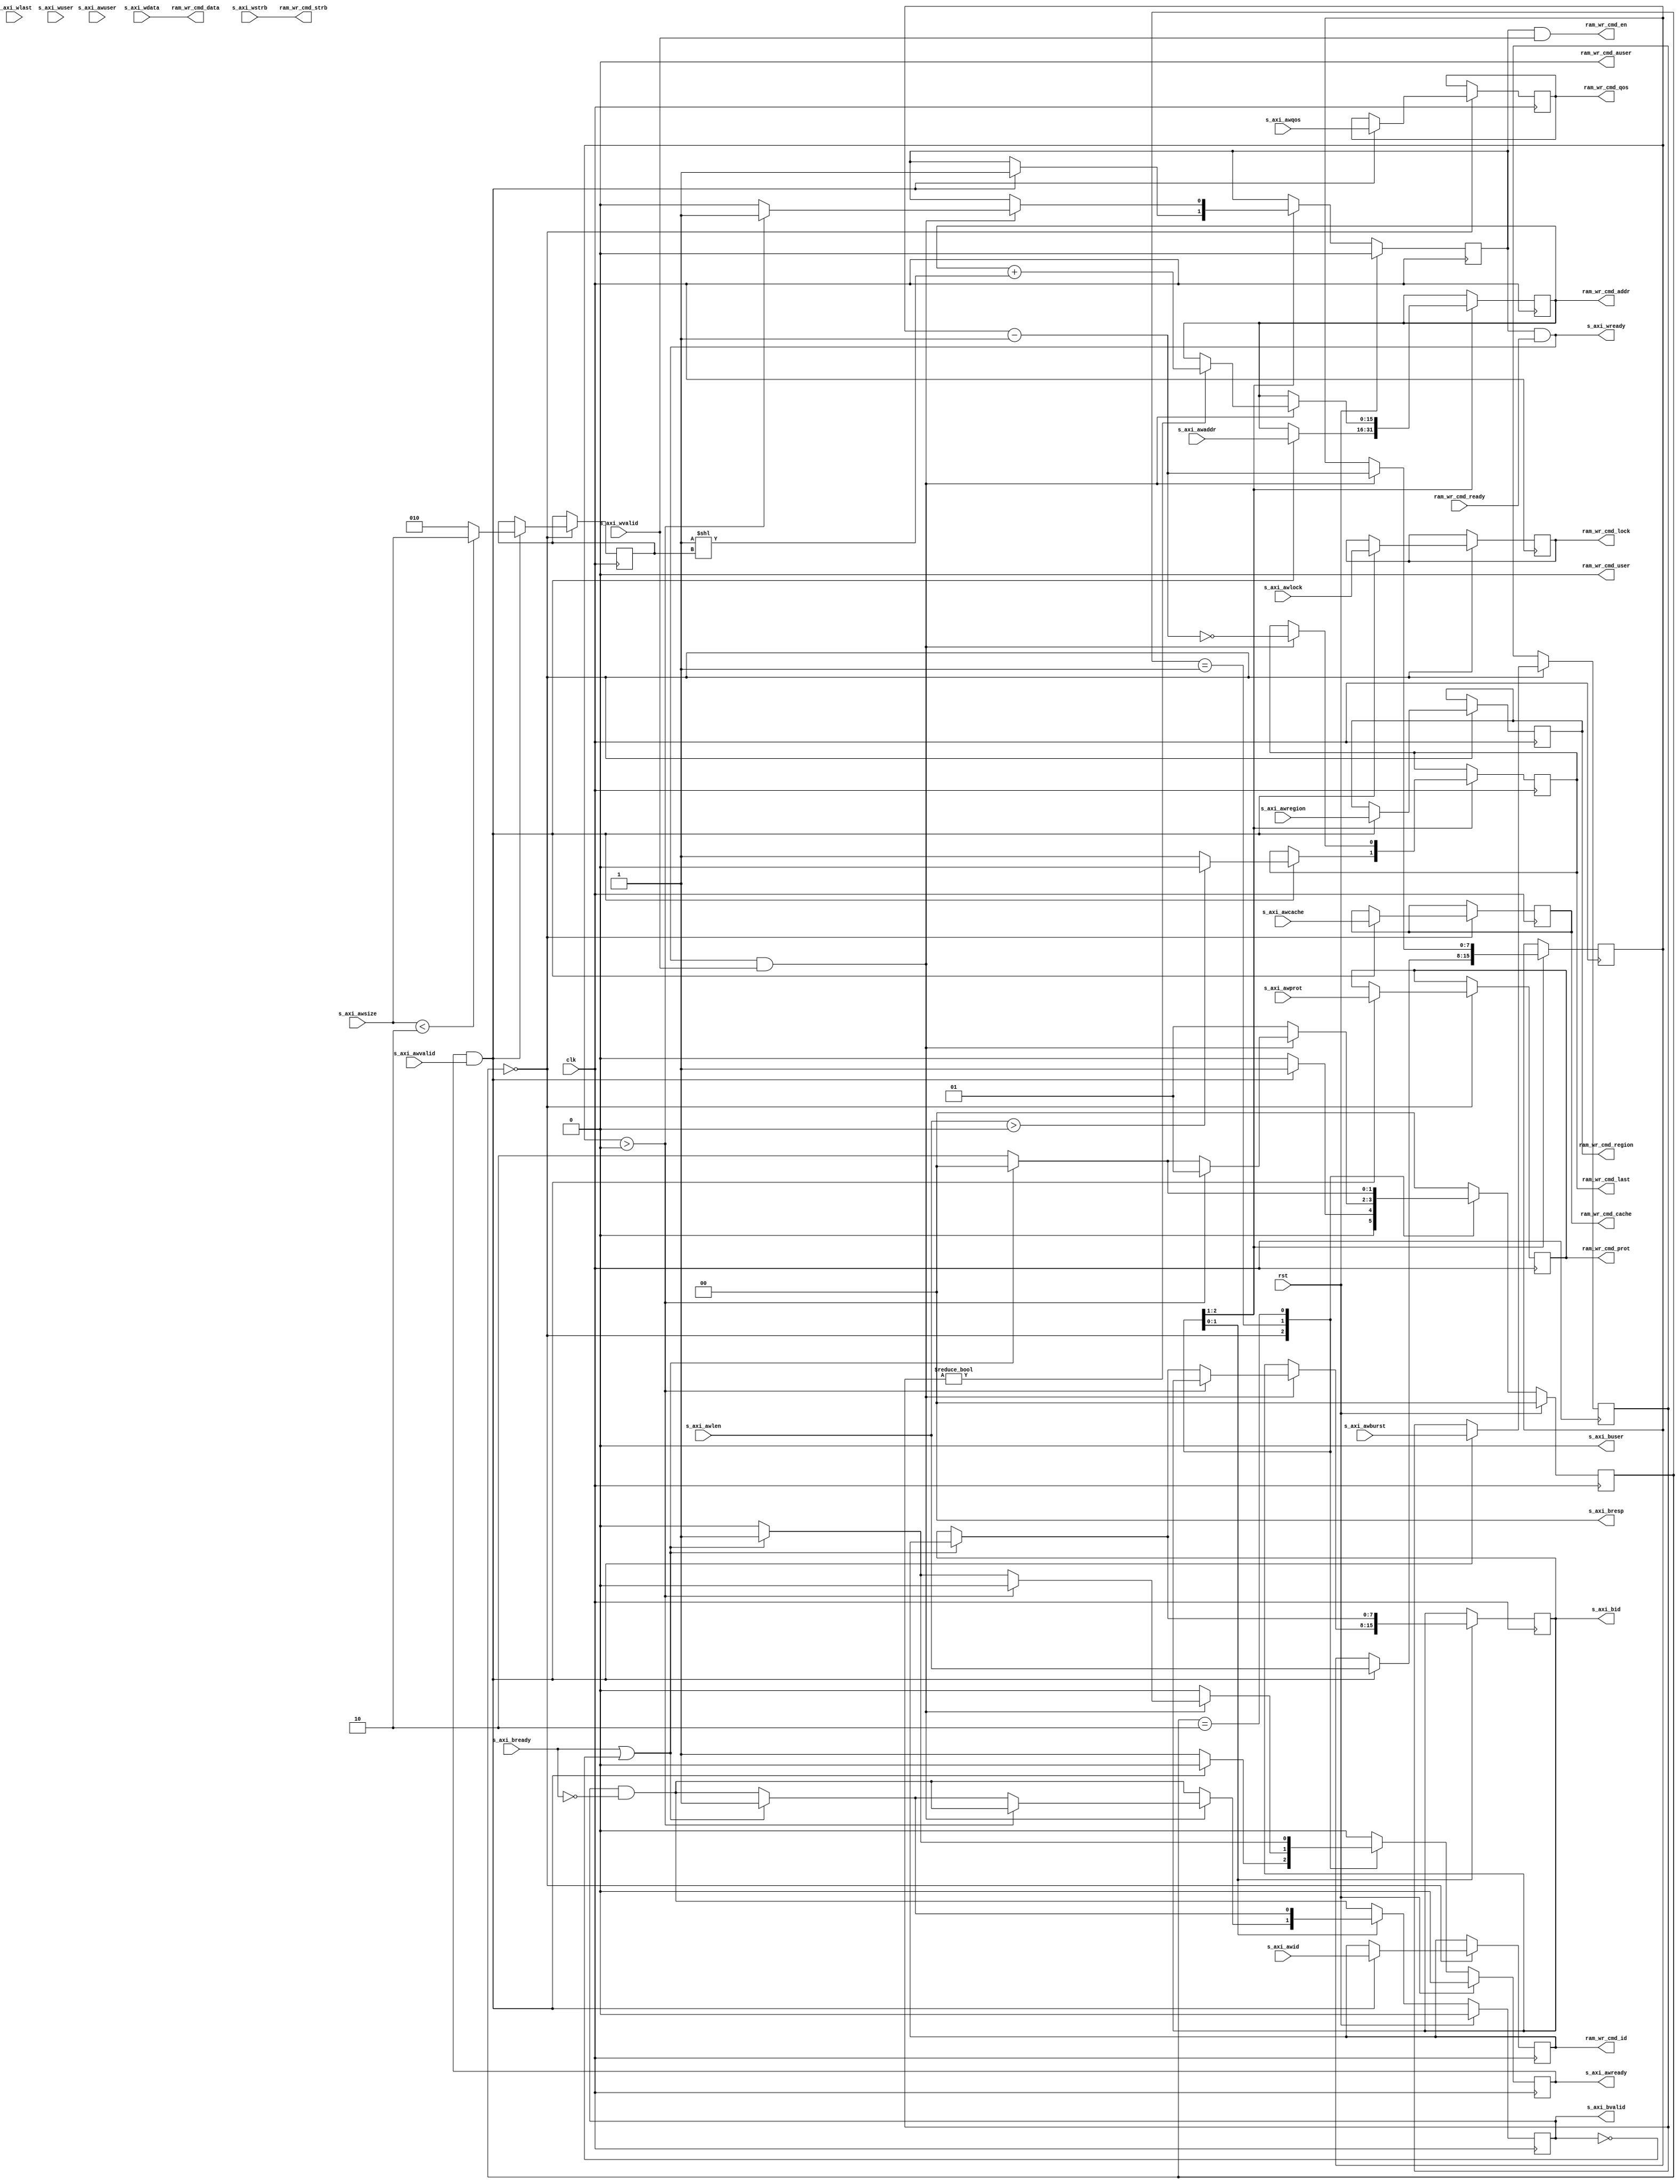
/*

Copyright (c) 2019 Alex Forencich

Permission is hereby granted, free of charge, to any person obtaining a copy
of this software and associated documentation files (the "Software"), to deal
in the Software without restriction, including without limitation the rights
to use, copy, modify, merge, publish, distribute, sublicense, and/or sell
copies of the Software, and to permit persons to whom the Software is
furnished to do so, subject to the following conditions:

The above copyright notice and this permission notice shall be included in
all copies or substantial portions of the Software.

THE SOFTWARE IS PROVIDED "AS IS", WITHOUT WARRANTY OF ANY KIND, EXPRESS OR
IMPLIED, INCLUDING BUT NOT LIMITED TO THE WARRANTIES OF MERCHANTABILITY
FITNESS FOR A PARTICULAR PURPOSE AND NONINFRINGEMENT. IN NO EVENT SHALL THE
AUTHORS OR COPYRIGHT HOLDERS BE LIABLE FOR ANY CLAIM, DAMAGES OR OTHER
LIABILITY, WHETHER IN AN ACTION OF CONTRACT, TORT OR OTHERWISE, ARISING FROM,
OUT OF OR IN CONNECTION WITH THE SOFTWARE OR THE USE OR OTHER DEALINGS IN
THE SOFTWARE.

*/

// Language: Verilog 2001

`timescale 1ns / 1ps

/*
 * AXI4 RAM write interface
 */
module axi_ram_wr_if #
(
    // Width of data bus in bits
    parameter DATA_WIDTH = 32,
    // Width of address bus in bits
    parameter ADDR_WIDTH = 16,
    // Width of wstrb (width of data bus in words)
    parameter STRB_WIDTH = (DATA_WIDTH/8),
    // Width of ID signal
    parameter ID_WIDTH = 8,
    // Propagate awuser signal
    parameter AWUSER_ENABLE = 0,
    // Width of awuser signal
    parameter AWUSER_WIDTH = 1,
    // Propagate wuser signal
    parameter WUSER_ENABLE = 0,
    // Width of wuser signal
    parameter WUSER_WIDTH = 1,
    // Propagate buser signal
    parameter BUSER_ENABLE = 0,
    // Width of buser signal
    parameter BUSER_WIDTH = 1
)
(
    input  wire                     clk,
    input  wire                     rst,

    /*
     * AXI slave interface
     */
    input  wire [ID_WIDTH-1:0]      s_axi_awid,
    input  wire [ADDR_WIDTH-1:0]    s_axi_awaddr,
    input  wire [7:0]               s_axi_awlen,
    input  wire [2:0]               s_axi_awsize,
    input  wire [1:0]               s_axi_awburst,
    input  wire                     s_axi_awlock,
    input  wire [3:0]               s_axi_awcache,
    input  wire [2:0]               s_axi_awprot,
    input  wire [3:0]               s_axi_awqos,
    input  wire [3:0]               s_axi_awregion,
    input  wire [AWUSER_WIDTH-1:0]  s_axi_awuser,
    input  wire                     s_axi_awvalid,
    output wire                     s_axi_awready,
    input  wire [DATA_WIDTH-1:0]    s_axi_wdata,
    input  wire [STRB_WIDTH-1:0]    s_axi_wstrb,
    input  wire                     s_axi_wlast,
    input  wire [WUSER_WIDTH-1:0]   s_axi_wuser,
    input  wire                     s_axi_wvalid,
    output wire                     s_axi_wready,
    output wire [ID_WIDTH-1:0]      s_axi_bid,
    output wire [1:0]               s_axi_bresp,
    output wire [BUSER_WIDTH-1:0]   s_axi_buser,
    output wire                     s_axi_bvalid,
    input  wire                     s_axi_bready,

    /*
     * RAM interface
     */
    output wire [ID_WIDTH-1:0]      ram_wr_cmd_id,
    output wire [ADDR_WIDTH-1:0]    ram_wr_cmd_addr,
    output wire                     ram_wr_cmd_lock,
    output wire [3:0]               ram_wr_cmd_cache,
    output wire [2:0]               ram_wr_cmd_prot,
    output wire [3:0]               ram_wr_cmd_qos,
    output wire [3:0]               ram_wr_cmd_region,
    output wire [AWUSER_WIDTH-1:0]  ram_wr_cmd_auser,
    output wire [DATA_WIDTH-1:0]    ram_wr_cmd_data,
    output wire [STRB_WIDTH-1:0]    ram_wr_cmd_strb,
    output wire [WUSER_WIDTH-1:0]   ram_wr_cmd_user,
    output wire                     ram_wr_cmd_en,
    output wire                     ram_wr_cmd_last,
    input  wire                     ram_wr_cmd_ready
);

parameter VALID_ADDR_WIDTH = ADDR_WIDTH - $clog2(STRB_WIDTH);
parameter WORD_WIDTH = STRB_WIDTH;
parameter WORD_SIZE = DATA_WIDTH/WORD_WIDTH;

// bus width assertions
initial begin
    if (WORD_SIZE * STRB_WIDTH != DATA_WIDTH) begin
        $error("Error: AXI data width not evenly divisble (instance %m)");
        $finish;
    end

    if (2**$clog2(WORD_WIDTH) != WORD_WIDTH) begin
        $error("Error: AXI word width must be even power of two (instance %m)");
        $finish;
    end
end

localparam [1:0]
    STATE_IDLE = 2'd0,
    STATE_BURST = 2'd1,
    STATE_RESP = 2'd2;

reg [1:0] state_reg = STATE_IDLE, state_next;

reg [ID_WIDTH-1:0] write_id_reg = {ID_WIDTH{1'b0}}, write_id_next;
reg [ADDR_WIDTH-1:0] write_addr_reg = {ADDR_WIDTH{1'b0}}, write_addr_next;
reg write_lock_reg = 1'b0, write_lock_next;
reg [3:0] write_cache_reg = 4'd0, write_cache_next;
reg [2:0] write_prot_reg = 3'd0, write_prot_next;
reg [3:0] write_qos_reg = 4'd0, write_qos_next;
reg [3:0] write_region_reg = 4'd0, write_region_next;
reg [AWUSER_WIDTH-1:0] write_awuser_reg = {AWUSER_WIDTH{1'b0}}, write_awuser_next;
reg write_addr_valid_reg = 1'b0, write_addr_valid_next;
reg write_last_reg = 1'b0, write_last_next;
reg [7:0] write_count_reg = 8'd0, write_count_next;
reg [2:0] write_size_reg = 3'd0, write_size_next;
reg [1:0] write_burst_reg = 2'd0, write_burst_next;

reg s_axi_awready_reg = 1'b0, s_axi_awready_next;
reg [ID_WIDTH-1:0] s_axi_bid_reg = {ID_WIDTH{1'b0}}, s_axi_bid_next;
reg s_axi_bvalid_reg = 1'b0, s_axi_bvalid_next;

assign s_axi_awready = s_axi_awready_reg;
assign s_axi_wready = write_addr_valid_reg && ram_wr_cmd_ready;
assign s_axi_bid = s_axi_bid_reg;
assign s_axi_bresp = 2'b00;
assign s_axi_buser = {BUSER_WIDTH{1'b0}};
assign s_axi_bvalid = s_axi_bvalid_reg;

assign ram_wr_cmd_id = write_id_reg;
assign ram_wr_cmd_addr = write_addr_reg;
assign ram_wr_cmd_lock = write_lock_reg;
assign ram_wr_cmd_cache = write_cache_reg;
assign ram_wr_cmd_prot = write_prot_reg;
assign ram_wr_cmd_qos = write_qos_reg;
assign ram_wr_cmd_region = write_region_reg;
assign ram_wr_cmd_auser = AWUSER_ENABLE ? write_awuser_reg : {AWUSER_WIDTH{1'b0}};
assign ram_wr_cmd_data = s_axi_wdata;
assign ram_wr_cmd_strb = s_axi_wstrb;
assign ram_wr_cmd_user = WUSER_ENABLE ? s_axi_wuser : {WUSER_WIDTH{1'b0}};
assign ram_wr_cmd_en = write_addr_valid_reg && s_axi_wvalid;
assign ram_wr_cmd_last = write_last_reg;

always @* begin
    state_next = STATE_IDLE;

    write_id_next = write_id_reg;
    write_addr_next = write_addr_reg;
    write_lock_next = write_lock_reg;
    write_cache_next = write_cache_reg;
    write_prot_next = write_prot_reg;
    write_qos_next = write_qos_reg;
    write_region_next = write_region_reg;
    write_awuser_next = write_awuser_reg;
    write_addr_valid_next = write_addr_valid_reg;
    write_last_next = write_last_reg;
    write_count_next = write_count_reg;
    write_size_next = write_size_reg;
    write_burst_next = write_burst_reg;

    s_axi_awready_next = 1'b0;
    s_axi_bid_next = s_axi_bid_reg;
    s_axi_bvalid_next = s_axi_bvalid_reg && !s_axi_bready;

    case (state_reg)
        STATE_IDLE: begin
            s_axi_awready_next = 1'b1;

            if (s_axi_awready && s_axi_awvalid) begin
                write_id_next = s_axi_awid;
                write_addr_next = s_axi_awaddr;
                write_lock_next = s_axi_awlock;
                write_cache_next = s_axi_awcache;
                write_prot_next = s_axi_awprot;
                write_qos_next = s_axi_awqos;
                write_region_next = s_axi_awregion;
                write_awuser_next = s_axi_awuser;
                write_count_next = s_axi_awlen;
                write_size_next = s_axi_awsize < $clog2(STRB_WIDTH) ? s_axi_awsize : $clog2(STRB_WIDTH);
                write_burst_next = s_axi_awburst;

                write_addr_valid_next = 1'b1;
                s_axi_awready_next = 1'b0;
                if (s_axi_awlen > 0) begin
                    write_last_next = 1'b0;
                end else begin
                    write_last_next = 1'b1;
                end
                state_next = STATE_BURST;
            end else begin
                state_next = STATE_IDLE;
            end
        end
        STATE_BURST: begin
            if (s_axi_wready && s_axi_wvalid) begin
                if (write_burst_reg != 2'b00) begin
                    write_addr_next = write_addr_reg + (1 << write_size_reg);
                end
                write_count_next = write_count_reg - 1;
                write_last_next = write_count_next == 0;
                if (write_count_reg > 0) begin
                    write_addr_valid_next = 1'b1;
                    state_next = STATE_BURST;
                end else begin
                    write_addr_valid_next = 1'b0;
                    if (s_axi_bready || !s_axi_bvalid) begin
                        s_axi_bid_next = write_id_reg;
                        s_axi_bvalid_next = 1'b1;
                        s_axi_awready_next = 1'b1;
                        state_next = STATE_IDLE;
                    end else begin
                        state_next = STATE_RESP;
                    end
                end
            end else begin
                state_next = STATE_BURST;
            end
        end
        STATE_RESP: begin
            if (s_axi_bready || !s_axi_bvalid) begin
                s_axi_bid_next = write_id_reg;
                s_axi_bvalid_next = 1'b1;
                s_axi_awready_next = 1'b1;
                state_next = STATE_IDLE;
            end else begin
                state_next = STATE_RESP;
            end
        end
    endcase
end

always @(posedge clk) begin
    if (rst) begin
        state_reg <= STATE_IDLE;
        write_addr_valid_reg <= 1'b0;
        s_axi_awready_reg <= 1'b0;
        s_axi_bvalid_reg <= 1'b0;
    end else begin
        state_reg <= state_next;
        write_addr_valid_reg <= write_addr_valid_next;
        s_axi_awready_reg <= s_axi_awready_next;
        s_axi_bvalid_reg <= s_axi_bvalid_next;
    end

    write_id_reg <= write_id_next;
    write_addr_reg <= write_addr_next;
    write_lock_reg <= write_lock_next;
    write_cache_reg <= write_cache_next;
    write_prot_reg <= write_prot_next;
    write_qos_reg <= write_qos_next;
    write_region_reg <= write_region_next;
    write_awuser_reg <= write_awuser_next;
    write_last_reg <= write_last_next;
    write_count_reg <= write_count_next;
    write_size_reg <= write_size_next;
    write_burst_reg <= write_burst_next;

    s_axi_bid_reg <= s_axi_bid_next;
end

endmodule